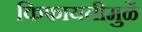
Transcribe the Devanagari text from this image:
किफायतीमुळें